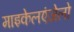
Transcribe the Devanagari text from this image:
माइकेलएंजेलो